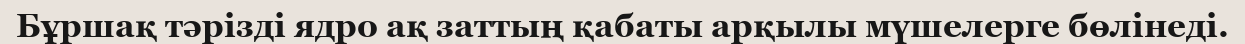
Бұршақ тәрізді ядро ақ заттың қабаты арқылы мүшелерге бөлінеді.